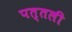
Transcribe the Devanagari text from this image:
पत्तली